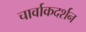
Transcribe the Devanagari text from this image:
चार्वाकदर्शन